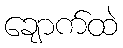
ချောက်ထဲ